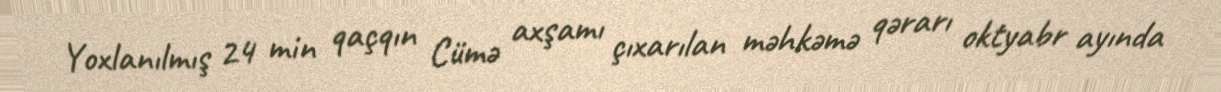
Yoxlanılmış 24 min qaçqın Cümə axşamı çıxarılan məhkəmə qərarı oktyabr ayında